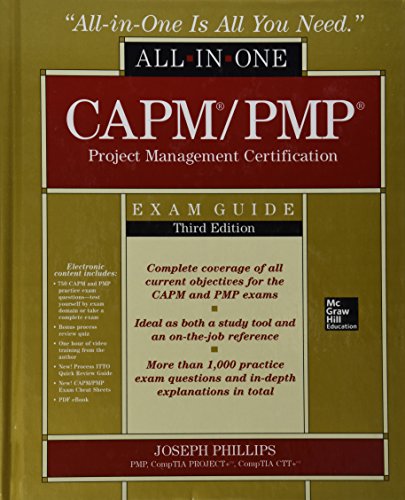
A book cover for CAPM/PMP Project Management Certification All-In-One Exam Guide, Third Edition; Joseph Phillips; Computers & Technology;